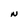
Character: N